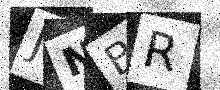
Text: JNBR